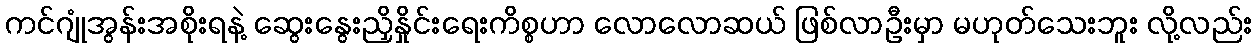
ကင်ဂျုံအွန်းအစိုးရနဲ့ ဆွေးနွေးညှိနှိုင်းရေးကိစ္စဟာ လောလောဆယ် ဖြစ်လာဦးမှာ မဟုတ်သေးဘူး လို့လည်း